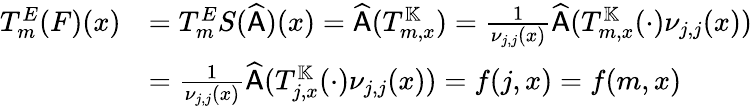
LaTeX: \begin{array}{rl}{T_{m}^{E}(F)(x)}&{=T_{m}^{E}S(\widehat{\mathsf{A}})(x)=\widehat{\mathsf{A}}(T_{m,x}^{\mathbb{K}})=\frac{1}{\nu_{j,j}(x)}\widehat{\mathsf{A}}(T_{m,x}^{\mathbb{K}}(\cdot)\nu_{j,j}(x))}\\ &{=\frac{1}{\nu_{j,j}(x)}\widehat{\mathsf{A}}(T_{j,x}^{\mathbb{K}}(\cdot)\nu_{j,j}(x))=f(j,x)=f(m,x)}\end{array}